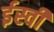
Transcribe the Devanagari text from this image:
र्इस्वी